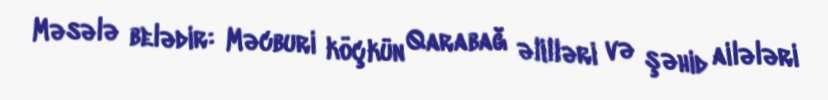
Məsələ belədir: Məcburi köçkün Qarabağ əlilləri və şəhid ailələri